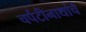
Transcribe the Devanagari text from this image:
चर्पटीनाथांचे